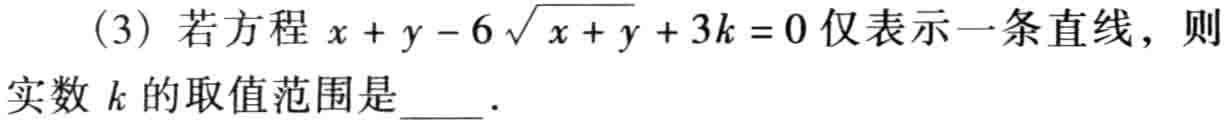
(3) 若方程 \(x + y - 6\sqrt{x + y}+3k = 0\) 仅表示一条直线，则

实数 \(k\) 的取值范围是  ．